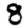
Digit: 8